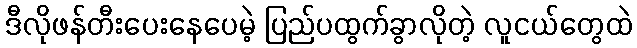
ဒီလိုဖန်တီးပေးနေပေမဲ့ ပြည်ပထွက်ခွာလိုတဲ့ လူငယ်တွေထဲ